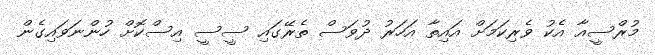
މުރްސީއާ އެކު ވެރިކަމަށް އައިތާ އަހަރު ދުވަސް ތެރޭގައި ސީސީ އިސްކޮށް ހުންނަވައިގެން